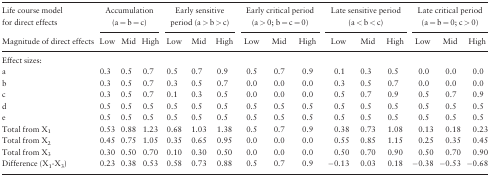
<table><thead><tr><td><b>Life course model for direct effects</b></td><td colspan="3"><b>Accumulation (a = b = c)</b></td><td colspan="3"><b>Early sensitive period (a &gt; b &gt; c)</b></td><td colspan="3"><b>Early critical period (a &gt; 0; b = c = 0)</b></td><td colspan="3"><b>Late sensitive period (a &lt; b &lt; c)</b></td><td colspan="3"><b>Late critical period (a = b = 0; c &gt; 0)</b></td></tr><tr><td><b>Magnitude of direct effects</b></td><td><b>Low</b></td><td><b>Mid</b></td><td><b>High</b></td><td><b>Low</b></td><td><b>Mid</b></td><td><b>High</b></td><td><b>Low</b></td><td><b>Mid</b></td><td><b>High</b></td><td><b>Low</b></td><td><b>Mid</b></td><td><b>High</b></td><td><b>Low</b></td><td><b>Mid</b></td><td><b>High</b></td></tr></thead><tbody><tr><td>Effect sizes:</td><td></td><td></td><td></td><td></td><td></td><td></td><td></td><td></td><td></td><td></td><td></td><td></td><td></td><td></td><td></td></tr><tr><td>a</td><td>0.3</td><td>0.5</td><td>0.7</td><td>0.5</td><td>0.7</td><td>0.9</td><td>0.5</td><td>0.7</td><td>0.9</td><td>0.1</td><td>0.3</td><td>0.5</td><td>0.0</td><td>0.0</td><td>0.0</td></tr><tr><td>b</td><td>0.3</td><td>0.5</td><td>0.7</td><td>0.3</td><td>0.5</td><td>0.7</td><td>0.0</td><td>0.0</td><td>0.0</td><td>0.3</td><td>0.5</td><td>0.7</td><td>0.0</td><td>0.0</td><td>0.0</td></tr><tr><td>c</td><td>0.3</td><td>0.5</td><td>0.7</td><td>0.1</td><td>0.3</td><td>0.5</td><td>0.0</td><td>0.0</td><td>0.0</td><td>0.5</td><td>0.7</td><td>0.9</td><td>0.5</td><td>0.7</td><td>0.9</td></tr><tr><td>d</td><td>0.5</td><td>0.5</td><td>0.5</td><td>0.5</td><td>0.5</td><td>0.5</td><td>0.5</td><td>0.5</td><td>0.5</td><td>0.5</td><td>0.5</td><td>0.5</td><td>0.5</td><td>0.5</td><td>0.5</td></tr><tr><td>e</td><td>0.5</td><td>0.5</td><td>0.5</td><td>0.5</td><td>0.5</td><td>0.5</td><td>0.5</td><td>0.5</td><td>0.5</td><td>0.5</td><td>0.5</td><td>0.5</td><td>0.5</td><td>0.5</td><td>0.5</td></tr><tr><td>Total from X<sub>1</sub></td><td>0.53</td><td>0.88</td><td>1.23</td><td>0.68</td><td>1.03</td><td>1.38</td><td>0.5</td><td>0.7</td><td>0.9</td><td>0.38</td><td>0.73</td><td>1.08</td><td>0.13</td><td>0.18</td><td>0.23</td></tr><tr><td>Total from X<sub>2</sub></td><td>0.45</td><td>0.75</td><td>1.05</td><td>0.35</td><td>0.65</td><td>0.95</td><td>0.0</td><td>0.0</td><td>0.0</td><td>0.55</td><td>0.85</td><td>1.15</td><td>0.25</td><td>0.35</td><td>0.45</td></tr><tr><td>Total from X<sub>3</sub></td><td>0.30</td><td>0.50</td><td>0.70</td><td>0.10</td><td>0.30</td><td>0.50</td><td>0.0</td><td>0.0</td><td>0.0</td><td>0.50</td><td>0.70</td><td>0.90</td><td>0.50</td><td>0.70</td><td>0.90</td></tr><tr><td>Difference (X<sub>1</sub>-X<sub>3</sub>)</td><td>0.23</td><td>0.38</td><td>0.53</td><td>0.58</td><td>0.73</td><td>0.88</td><td>0.5</td><td>0.7</td><td>0.9</td><td>−0.13</td><td>0.03</td><td>0.18</td><td>−0.38</td><td>−0.53</td><td>−0.68</td></tr></tbody></table>